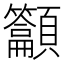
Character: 𱂟